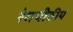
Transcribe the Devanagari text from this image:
रंगपीठीय